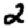
Digit: 2